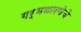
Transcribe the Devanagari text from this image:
गर्भधारणेचे